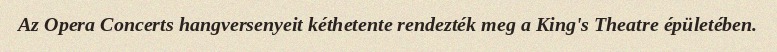
Az Opera Concerts hangversenyeit kéthetente rendezték meg a King's Theatre épületében.